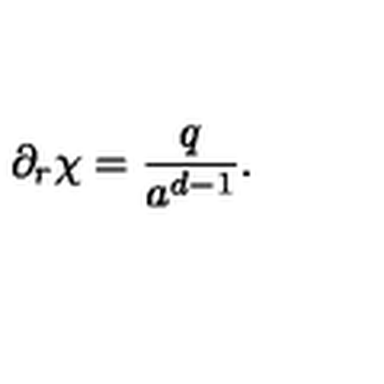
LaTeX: \partial _ { r } \chi = \frac { q } { a ^ { d - 1 } } .